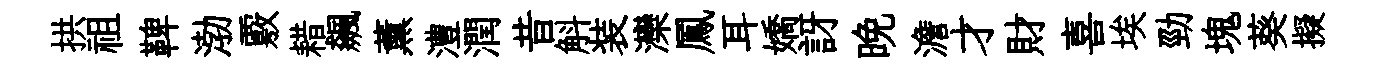
拱祖鞞渤覈耤飆薰澧潤昔斛装灤鳳耳嬌訝晩澹才財喜埃勁塊葵擬